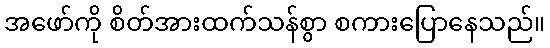
အဖော်ကို စိတ်အားထက်သန်စွာ စကားပြောနေသည်။